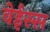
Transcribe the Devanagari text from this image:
वेईस्स